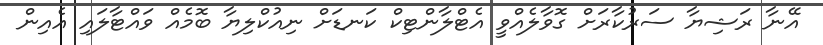
އޭނާ ރަޝިޔާ ސަރުކާރަށް ގޮވާލެއްވީ އެޓްލާންޓިކް ކަނޑަށް ނިއުކްލިޔާ ބޮމެއް ވައްޓާލައި އެއިން